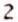
2